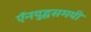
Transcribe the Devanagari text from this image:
ऍनयुद्धसमयी